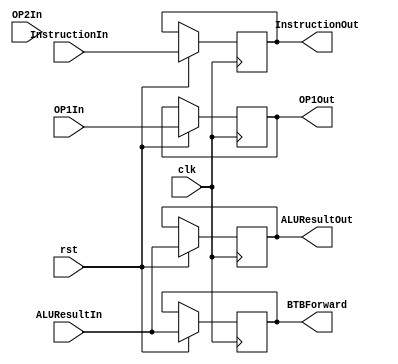
module EXMEM(input [15:0]InstructionIn, OP1In, OP2In,
			input [31:0] ALUResultIn,
			input clk, rst,
			output reg [31:0] ALUResultOut, BTBForward,
			output reg [15:0] InstructionOut, OP1Out);
						   
always @(posedge clk, negedge rst)
begin
	
	if(!rst)
	begin

	end
	else
	begin
		OP1Out<=OP1In;
		ALUResultOut<=ALUResultIn;
		InstructionOut<=InstructionIn;
		BTBForward <= ALUResultIn;
	end
end
endmodule